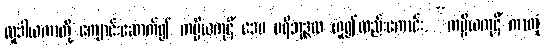
လူဒါယကာတို့ ကျောင်းဆောက်၍ ကပ္ပိယကုဋိံ ဒေမ ပရိဘုဉ္ဇထ ဟူ၍လည်းကောင်း, “ကပ္ပိယကုဋိံ ကာတုံ